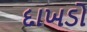
દાખડો